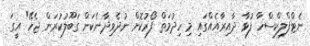
ނެޓްފްލިކްސްހާ ފުޅާ ދާއިރާއެއްގައި މި ހިދުމަތް ފޯރުކޮށް ނުދެވިދާނެކަން ގަބޫލުކުރަން ޖެހޭ" އީގަ